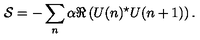
{ \cal S } = - \sum _ { n } \alpha \Re \left( U ( n ) ^ { \star } U ( n + 1 ) \right) .